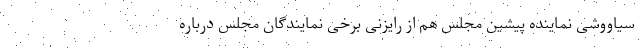
سیاووشی نماینده پیشین مجلس هم از رایزنی برخی نمایندگان مجلس درباره